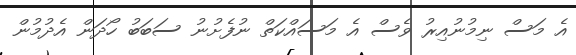
އެ މަސް ނިމުނުއިރު ވެސް އެ މަސައްކަތް ނުފެށުނު ސަބަބު ހޯދަން އެދުމުން